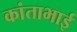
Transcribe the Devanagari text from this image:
कांताभाई